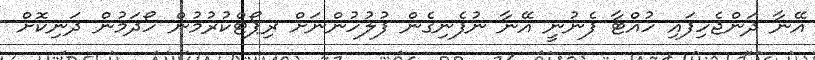
އޭނާ ދަންޖެހިފައި ހުއްޓާ ފެނުނީ އޭނާ ނުފެނިގެން ފުލުހުންނަށް ރިޕޯޓްކުރުމުން ހޯދަމުން ދަނިކޮށް